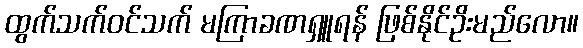
ထွက်သက်ဝင်သက် မကြာခဏရှူရန် ဖြစ်နိုင်ဥိးမည်လော။